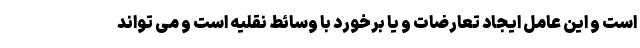
است و این عامل ایجاد تعارضات و یا برخورد با وسائط نقلیه است و می تواند